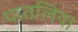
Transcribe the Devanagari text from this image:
पातलिया